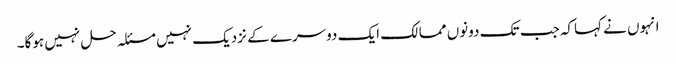
انہوں نے کہاکہ جب تک دونوں ممالک ایک دوسرے کے نزدیک نہیں مسئلہ حل نہیں ہوگا۔